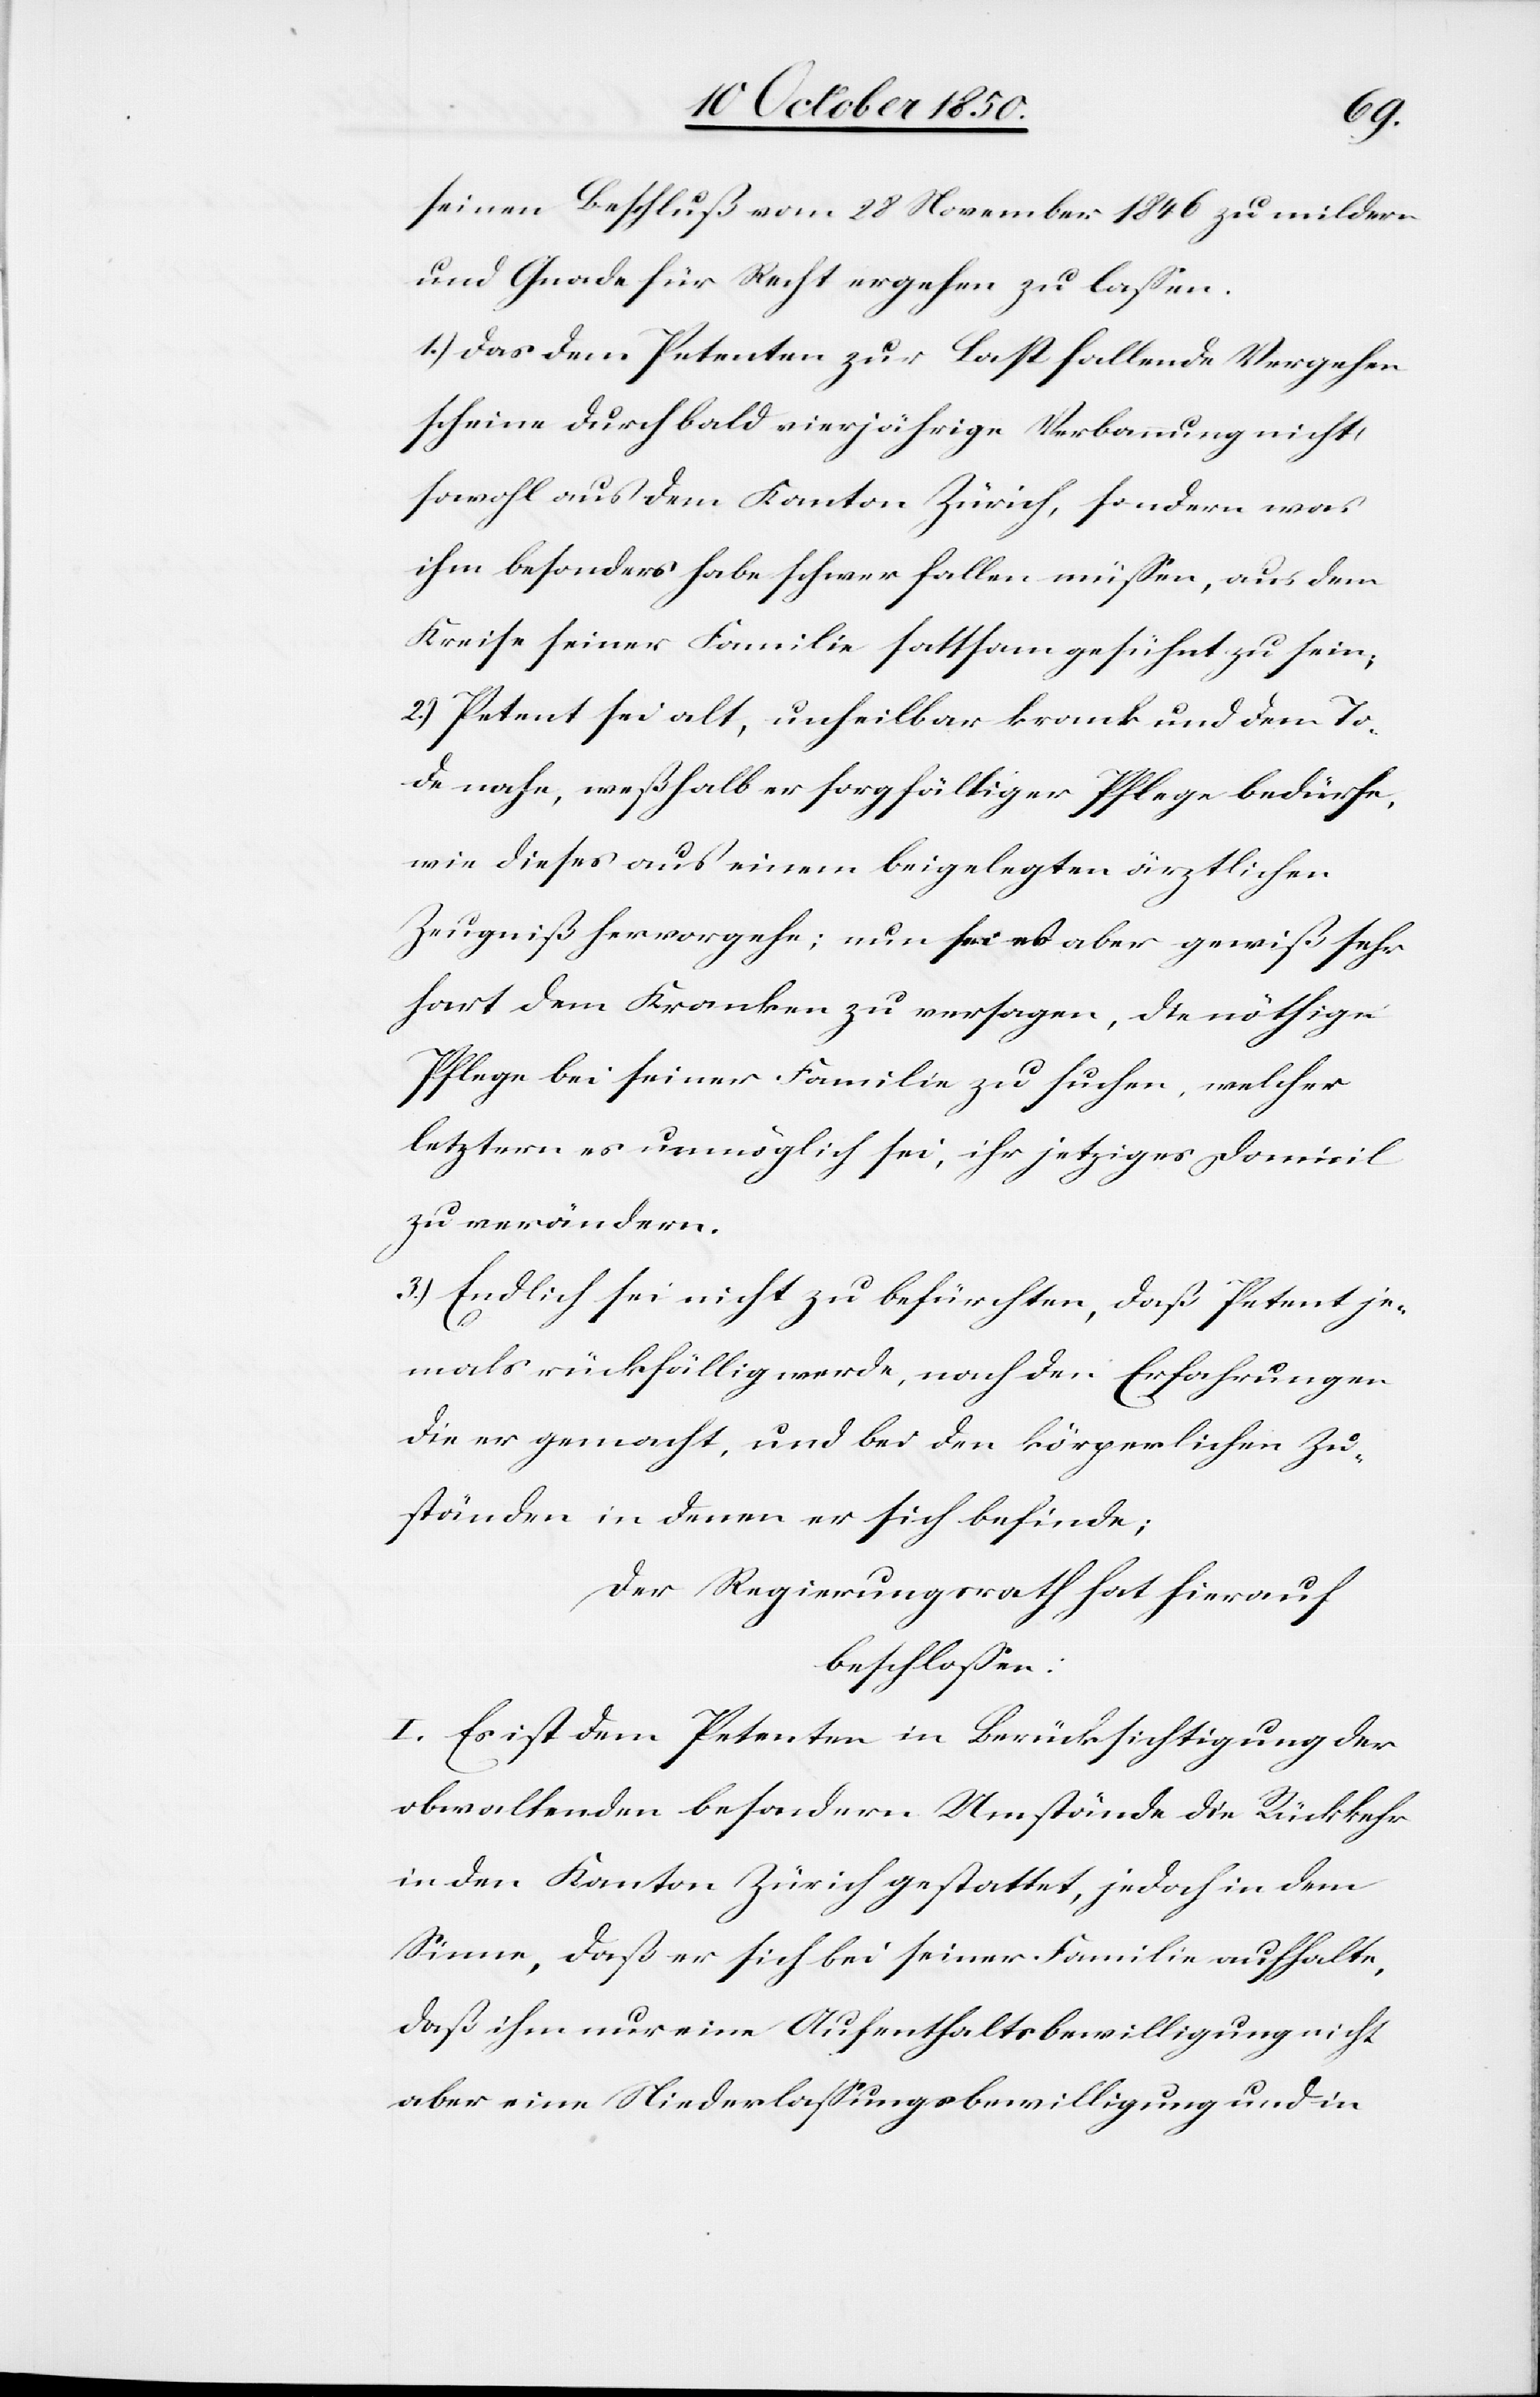
seinen Beschluß vom 28 November 1846 mildern
und Gnade für Recht ergehen zu lassen.
1.) Das dem Petenten zur Last fallende Vergehen
scheine durch bald vierjährige Verbannung nicht
sowohl aus dem Kanton Zürich, sondern was
ihm besonders habe schwer fallen müssen, aus dem
Kreise seiner Familie sattsam gesühnt zu sein;
2.) Petent sei alt, unheilbar krank und dem To¬
de nahe, weßhalb er sorgfältiger Pflege bedürfe,
wie dieses aus einem beigelegten ärztlichen
Zeugniß hervorgehe; nun sei es aber gewiß sehr
hart dem Kranken zu versagen, die nöthige
Pflege bei seiner Familie zu suchen, welcher
letztern es unmöglich sei, ihr jetziges Domicil
zu verändern.
3.) Endlich sei nicht zu befürchten, daß Petent je¬
mals rückfällig werde, nach den Erfahrungen
die er gemacht, und bei den körperlichen Zu¬
ständen in denen er sich befinde;
Der Regierungsrath hat hierauf
beschlossen:
I. Es ist dem Petenten in Berücksichtigung der
obwaltenden besondern Umstände die Rückkehr
in den Kanton Zürich gestattet, jedoch in dem
Sinne, daß er sich bei seiner Familie aufholte,
daß ihm nur eine Aufenthaltsbewilligung nicht
aber eine Niederlassungsbewilligung und in